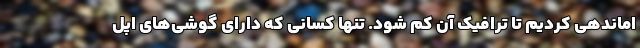
اماندهی کردیم تا ترافیک آن کم شود. تنها کسانی که دارای گوشی‌های اپل